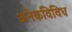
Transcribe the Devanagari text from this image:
अनेकविविध